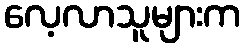
လေ့လာသူများက